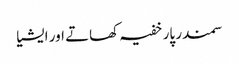
سمندر پار خفیہ کھاتے اور ایشیا